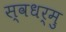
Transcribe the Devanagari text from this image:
स्वधर्मु